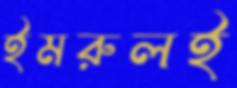
ইমরুলই